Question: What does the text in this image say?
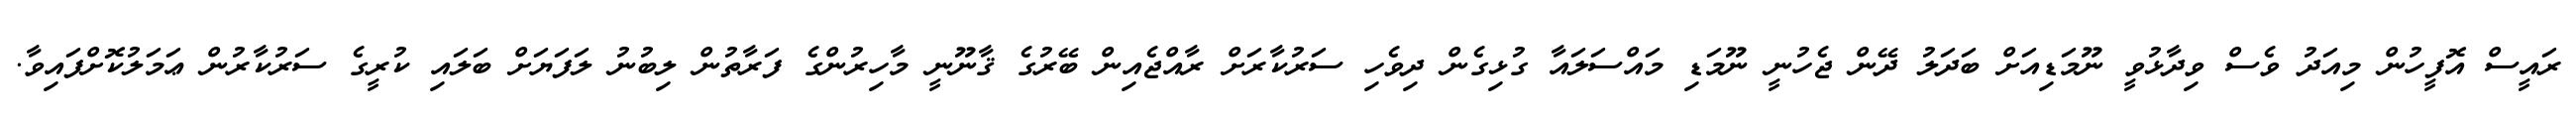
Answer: ރައީސް އޮފީހުން މިއަދު ވެސް ވިދާޅުވީ ނޫމަޑިއަށް ބަދަލު ދޭން ޖެހުނީ ނޫމަޑި މައްސަލައާ ގުޅިގެން ދިވެހި ސަރުކާރަށް ރާއްޖެއިން ބޭރުގެ ޤާނޫނީ މާހިރުންގެ ފަރާތުން ލިބުނު ލަފަޔަށް ބަލައި ކުރީގެ ސަރުކާރުން ޢަމަލުކޮށްފައިވާ.